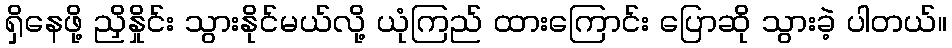
ရှိနေဖို့ ညှိနှိုင်း သွားနိုင်မယ်လို့ ယုံကြည် ထားကြောင်း ပြောဆို သွားခဲ့ ပါတယ်။